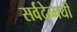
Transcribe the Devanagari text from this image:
सर्वदेव्मयी